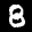
Label: 8